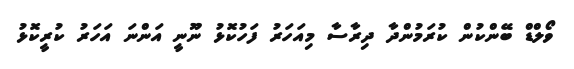
ވޯލްޑް ބޭންކުން ކުރަމުންދާ ދިރާސާ މިއަހަރު ފަހުކޮޅު ނޫނީ އަންނަ އަހަރު ކުރީކޮޅު